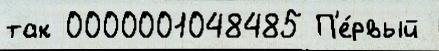
так 0000001048485 П'е́рвый